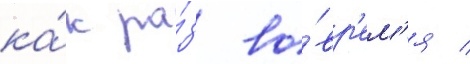
ка́к ра́з во́вр'ем'я /